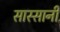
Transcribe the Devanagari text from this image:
सास्सानी